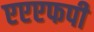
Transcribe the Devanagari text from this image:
एएएफपी